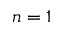
n = 1